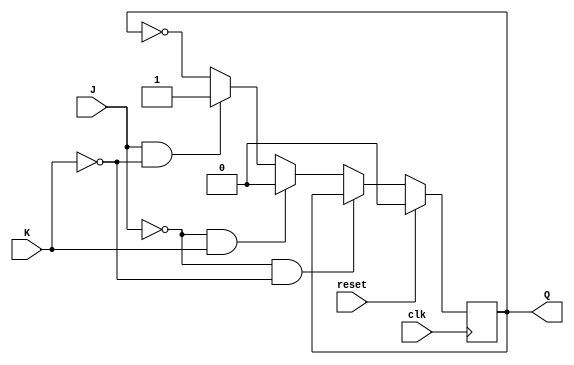
module JK_ff(J, K, clk, reset, Q);
    input J;
    input K;
    input clk;
    input reset;
    output reg Q;

    // Your code goes here.  DO NOT change anything that is already given! Otherwise, you will not be able to pass the tests!
    always@ (posedge(clk))  //Impulse
    begin
        if(reset == 1'b1) //Reset
            Q <= 1'b0;
        else    
            if(J == 0 && K == 0)    
                Q <= Q; //Dont Change
            else if(J == 0 && K == 1)
                Q <= 1'b0;  //Reset
            else if(J == 1 && K == 0)
                Q <= 1'b1;  //Set
            else
                Q <= ~Q;  //Reverse
            
    end
endmodule